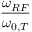
\frac { \omega _ { R F } } { \omega _ { 0 , T } }